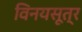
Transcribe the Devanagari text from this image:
विनयसूत्र